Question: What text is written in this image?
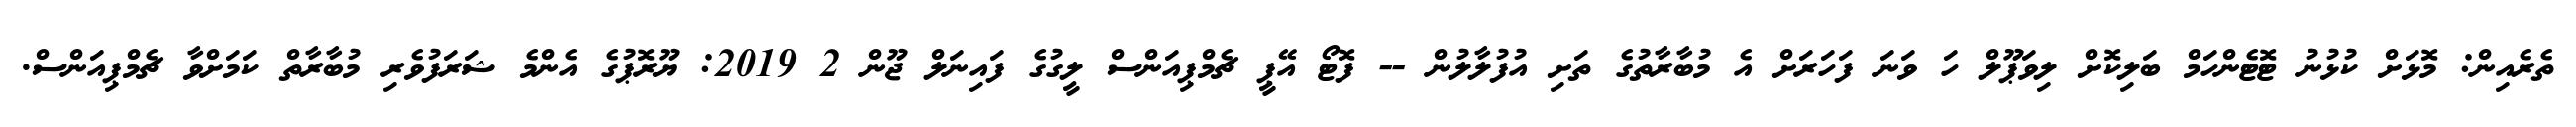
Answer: ތެރެއިން: މޮޅަށް ކުޅުނު ޓޮޓެންހަމް ބަލިކޮށް ލިވަޕޫލް ހަ ވަނަ ފަހަރަށް އެ މުބާރާތުގެ ތަށި އުފުލާލުން -- ފޮޓޯ އޭޕީ ޗެމްޕިއަންސް ލީގުގެ ފައިނަލް ޖޫން 2 2019: ޔޫރޮޕުގެ އެންމެ ޝަރަފުވެރި މުބާރާތް ކަމަށްވާ ޗެމްޕިއަންސް.